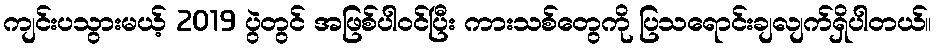
ကျင်းပသွားမယ့် 2019 ပွဲတွင် အဖြစ်ပါဝင်ပြီး ကားသစ်တွေကို ပြသရောင်းချလျက်ရှိပါတယ်။